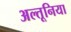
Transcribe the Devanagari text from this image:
अल्तूनिया